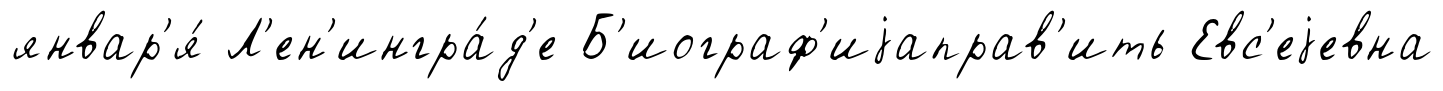
январ'я́ Л'ен'ингра́д'е Б'иограф'иjаправ'ить Евс'еjевна